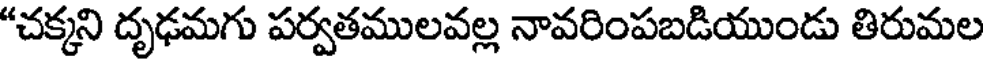
"చక్కని దృఢమగు పర్వతములవల్ల నావరింపబడియుండు తిరుమల